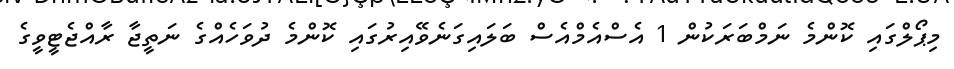
މިޕޯލްގައި ކޮންމެ ނަމްބަރަކުން 1 އެސްއެމްއެސް ބަލައިގަނެވޭއިރުގައި ކޮންމެ ދުވަހެއްގެ ނަތީޖާ ރާއްޖެޓީވީގެ